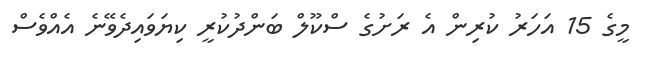
މީގެ 15 އަހަރު ކުރިން އެ ރަށުގެ ސްކޫލް ބަންދުކުރީ ކިޔަވައިދެވޭނެ އެއްވެސް